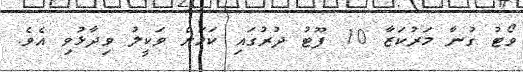
ވޯޓު ގުނާ މަރުކަޒާ 10 ފޫޓު ދުރުގައި ކަމަށް ވަކީލު ވިދާޅުވި އެވެ.